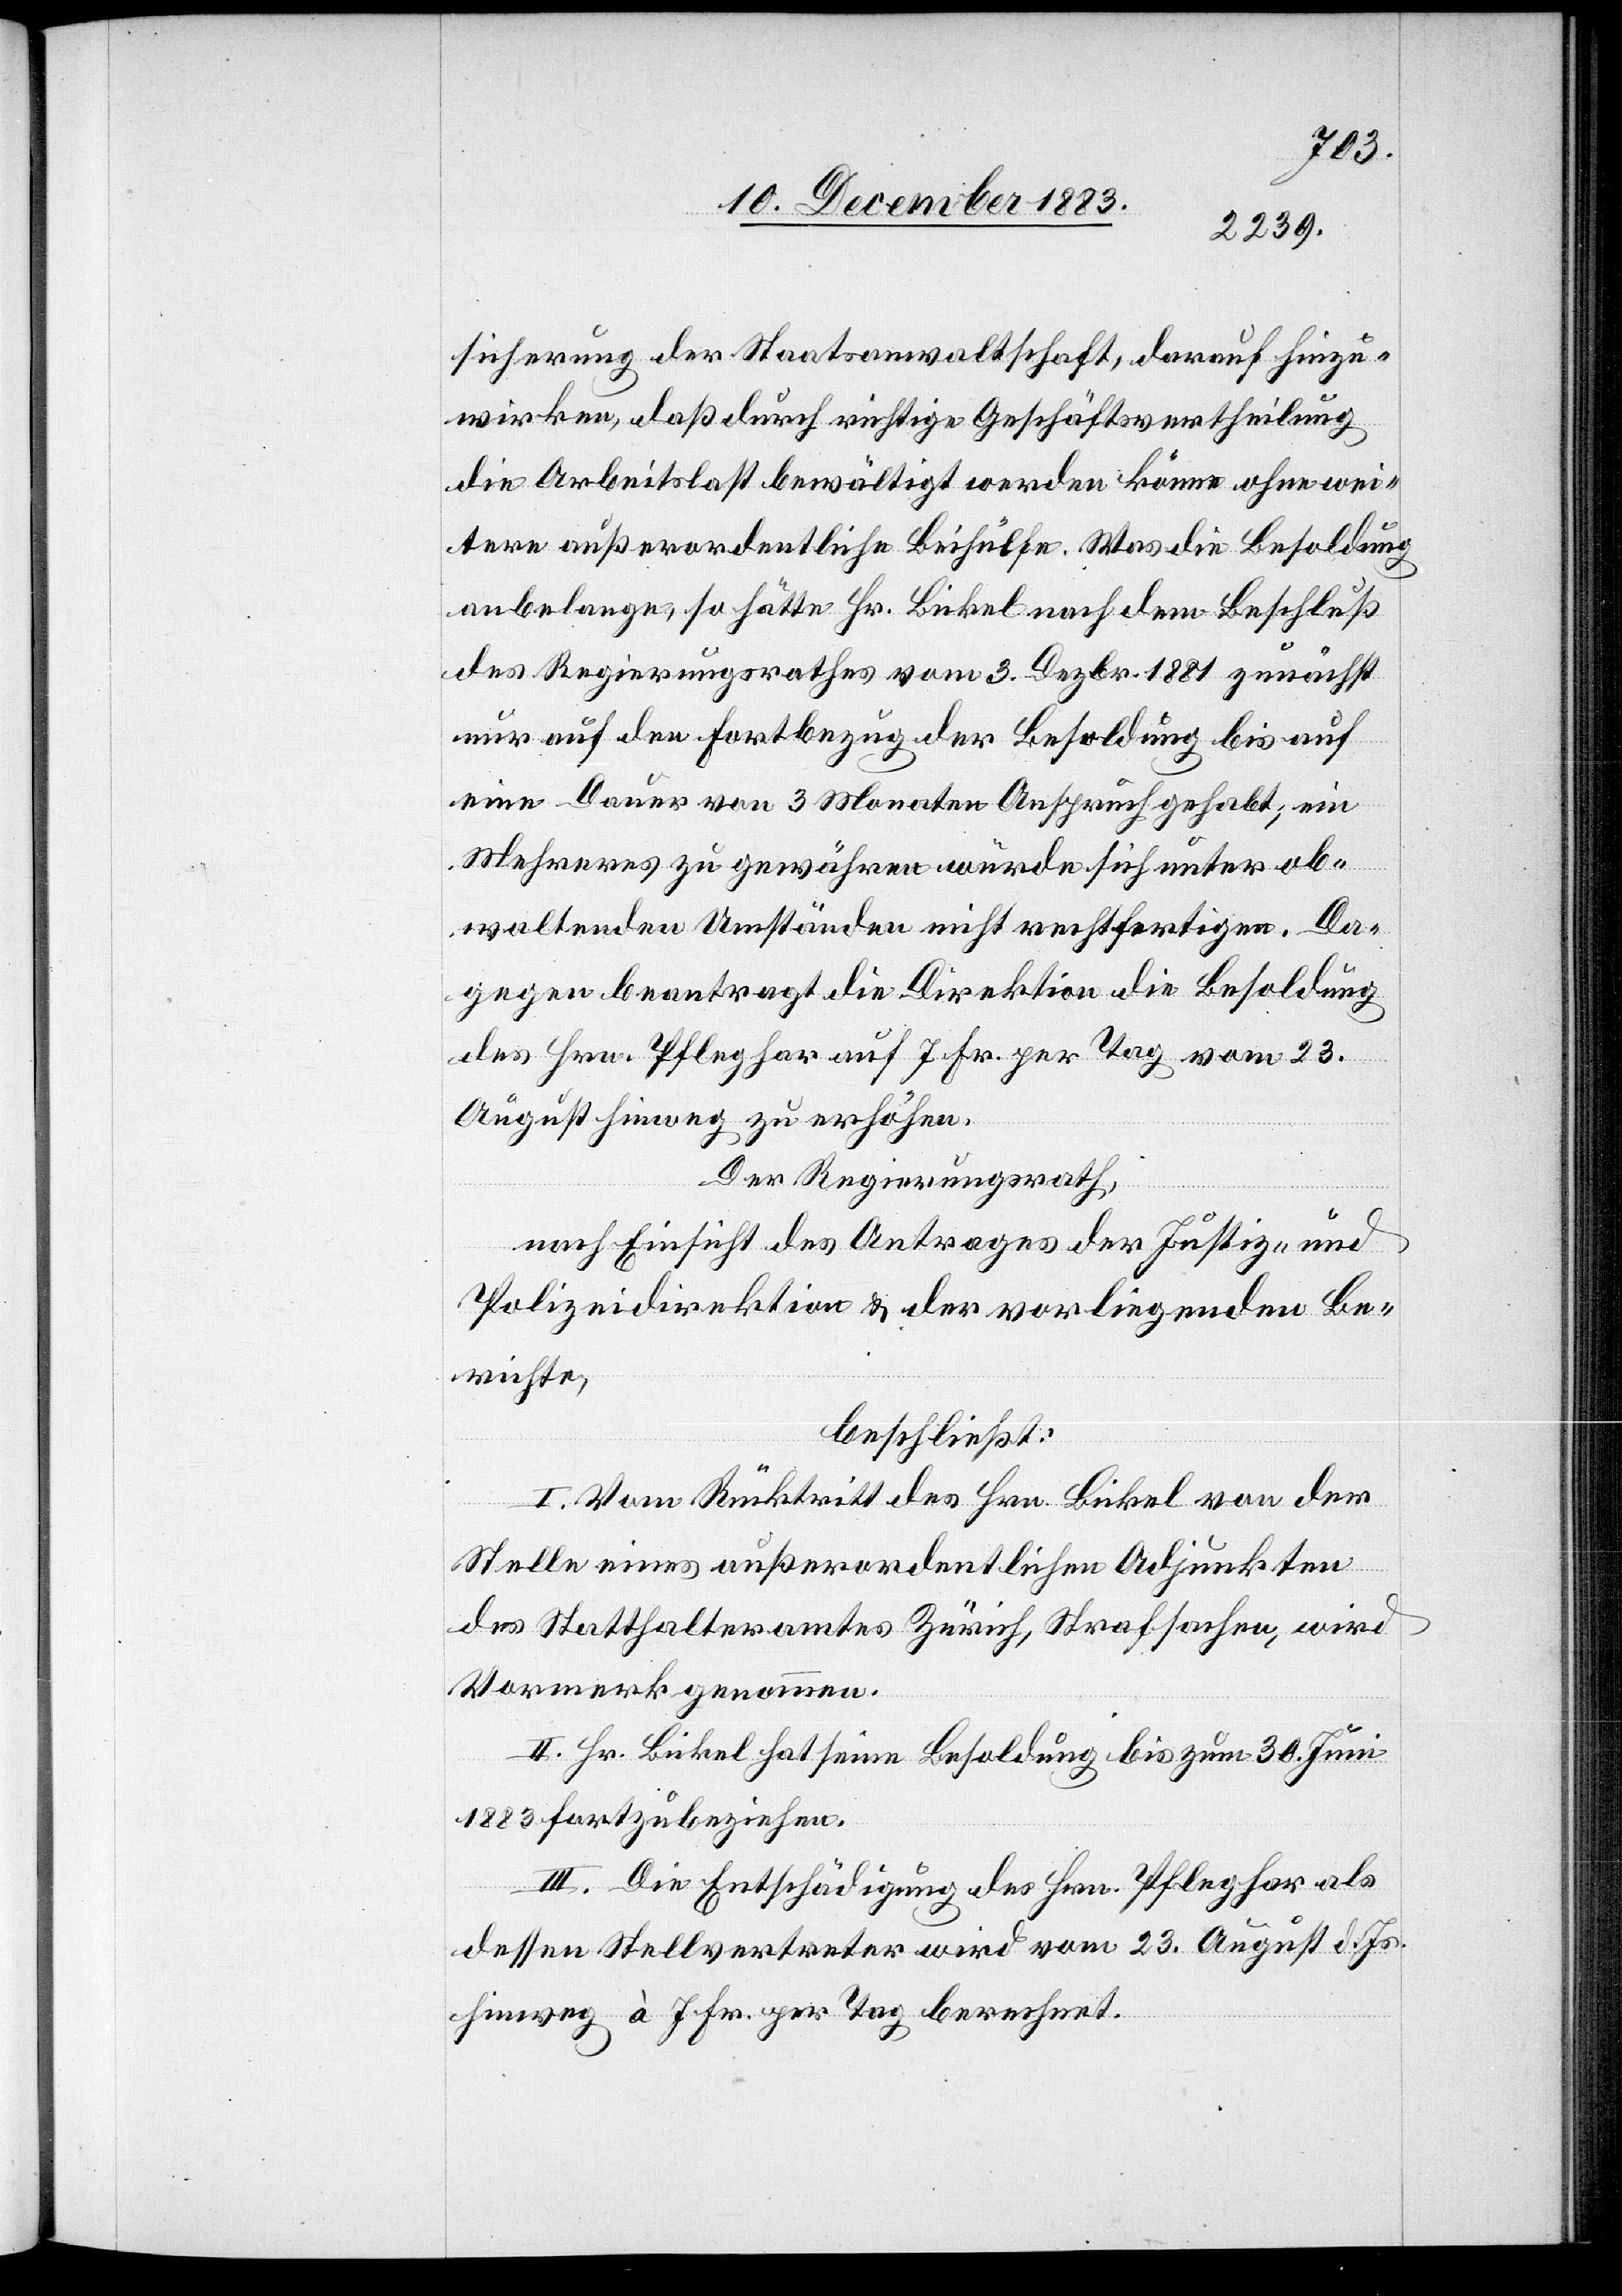
sicherung der Staatsanwaltschaft, darauf hinzu¬
wirken, daß durch richtige Geschäftsvertheilung
die Arbeitslast bewältigt werden könne ohne wei¬
tere außerordentliche Beihülfe. Was die Besoldung
anbelange, so hätte Hr. Bickel nach dem Beschluß
des Regierungsrathes vom 3. Dezbr. 1881 zunächst
nur auf den Fortbezug der Besoldung bis auf
eine Dauer von 3 Monaten Anspruch gehabt, ein
Mehreres zu gewähren würde sich unter ob¬
waltenden Umständen nicht rechtfertigen. Da¬
gegen beantragt die Direktion die Besoldung
des Hrn. Pfleghar auf 7 Fr. per Tag vom 23.
August hinweg zu erhöhen.
Der Regierungsrath,
nach Einsicht des Antrages der Justiz- und
Polizeidirektion & der vorliegenden Be¬
richte,
beschließt:
I. Vom Rücktritt des Hrn. Bickel von der
Stelle eines außerordentlichen Adjunkten
des Statthalteramtes Zürich, Strafsachen wird
Vormerk genommen.
II. Hr. Bickel hat seine Besoldung bis zum 30. Juni
1883 fortzubeziehen.
III. Die Entschädigung des Hrn. Pfleghar als
dessen Stellvertreter wird vom 23. August d. Js.
hinweg à 7 Fr. per Tag berechnet.